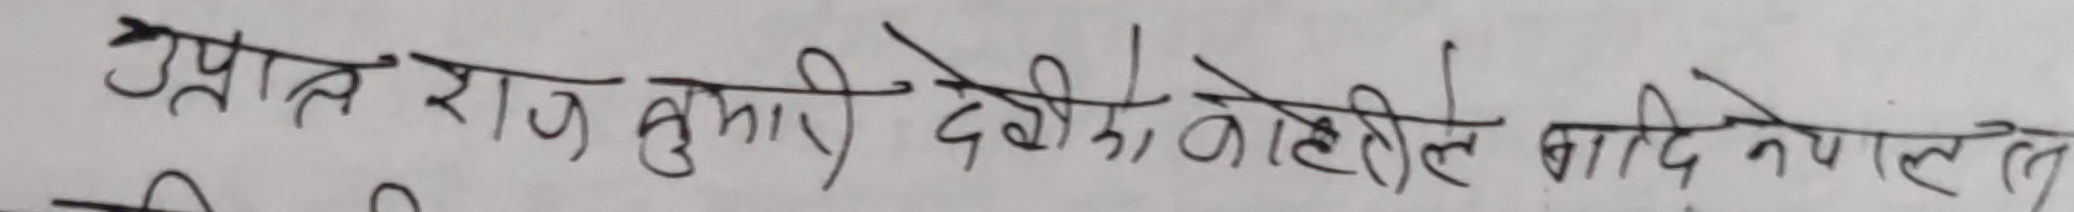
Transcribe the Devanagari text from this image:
उपरांत राज कुमारी देवी को जहिले बादि नेपाल ले